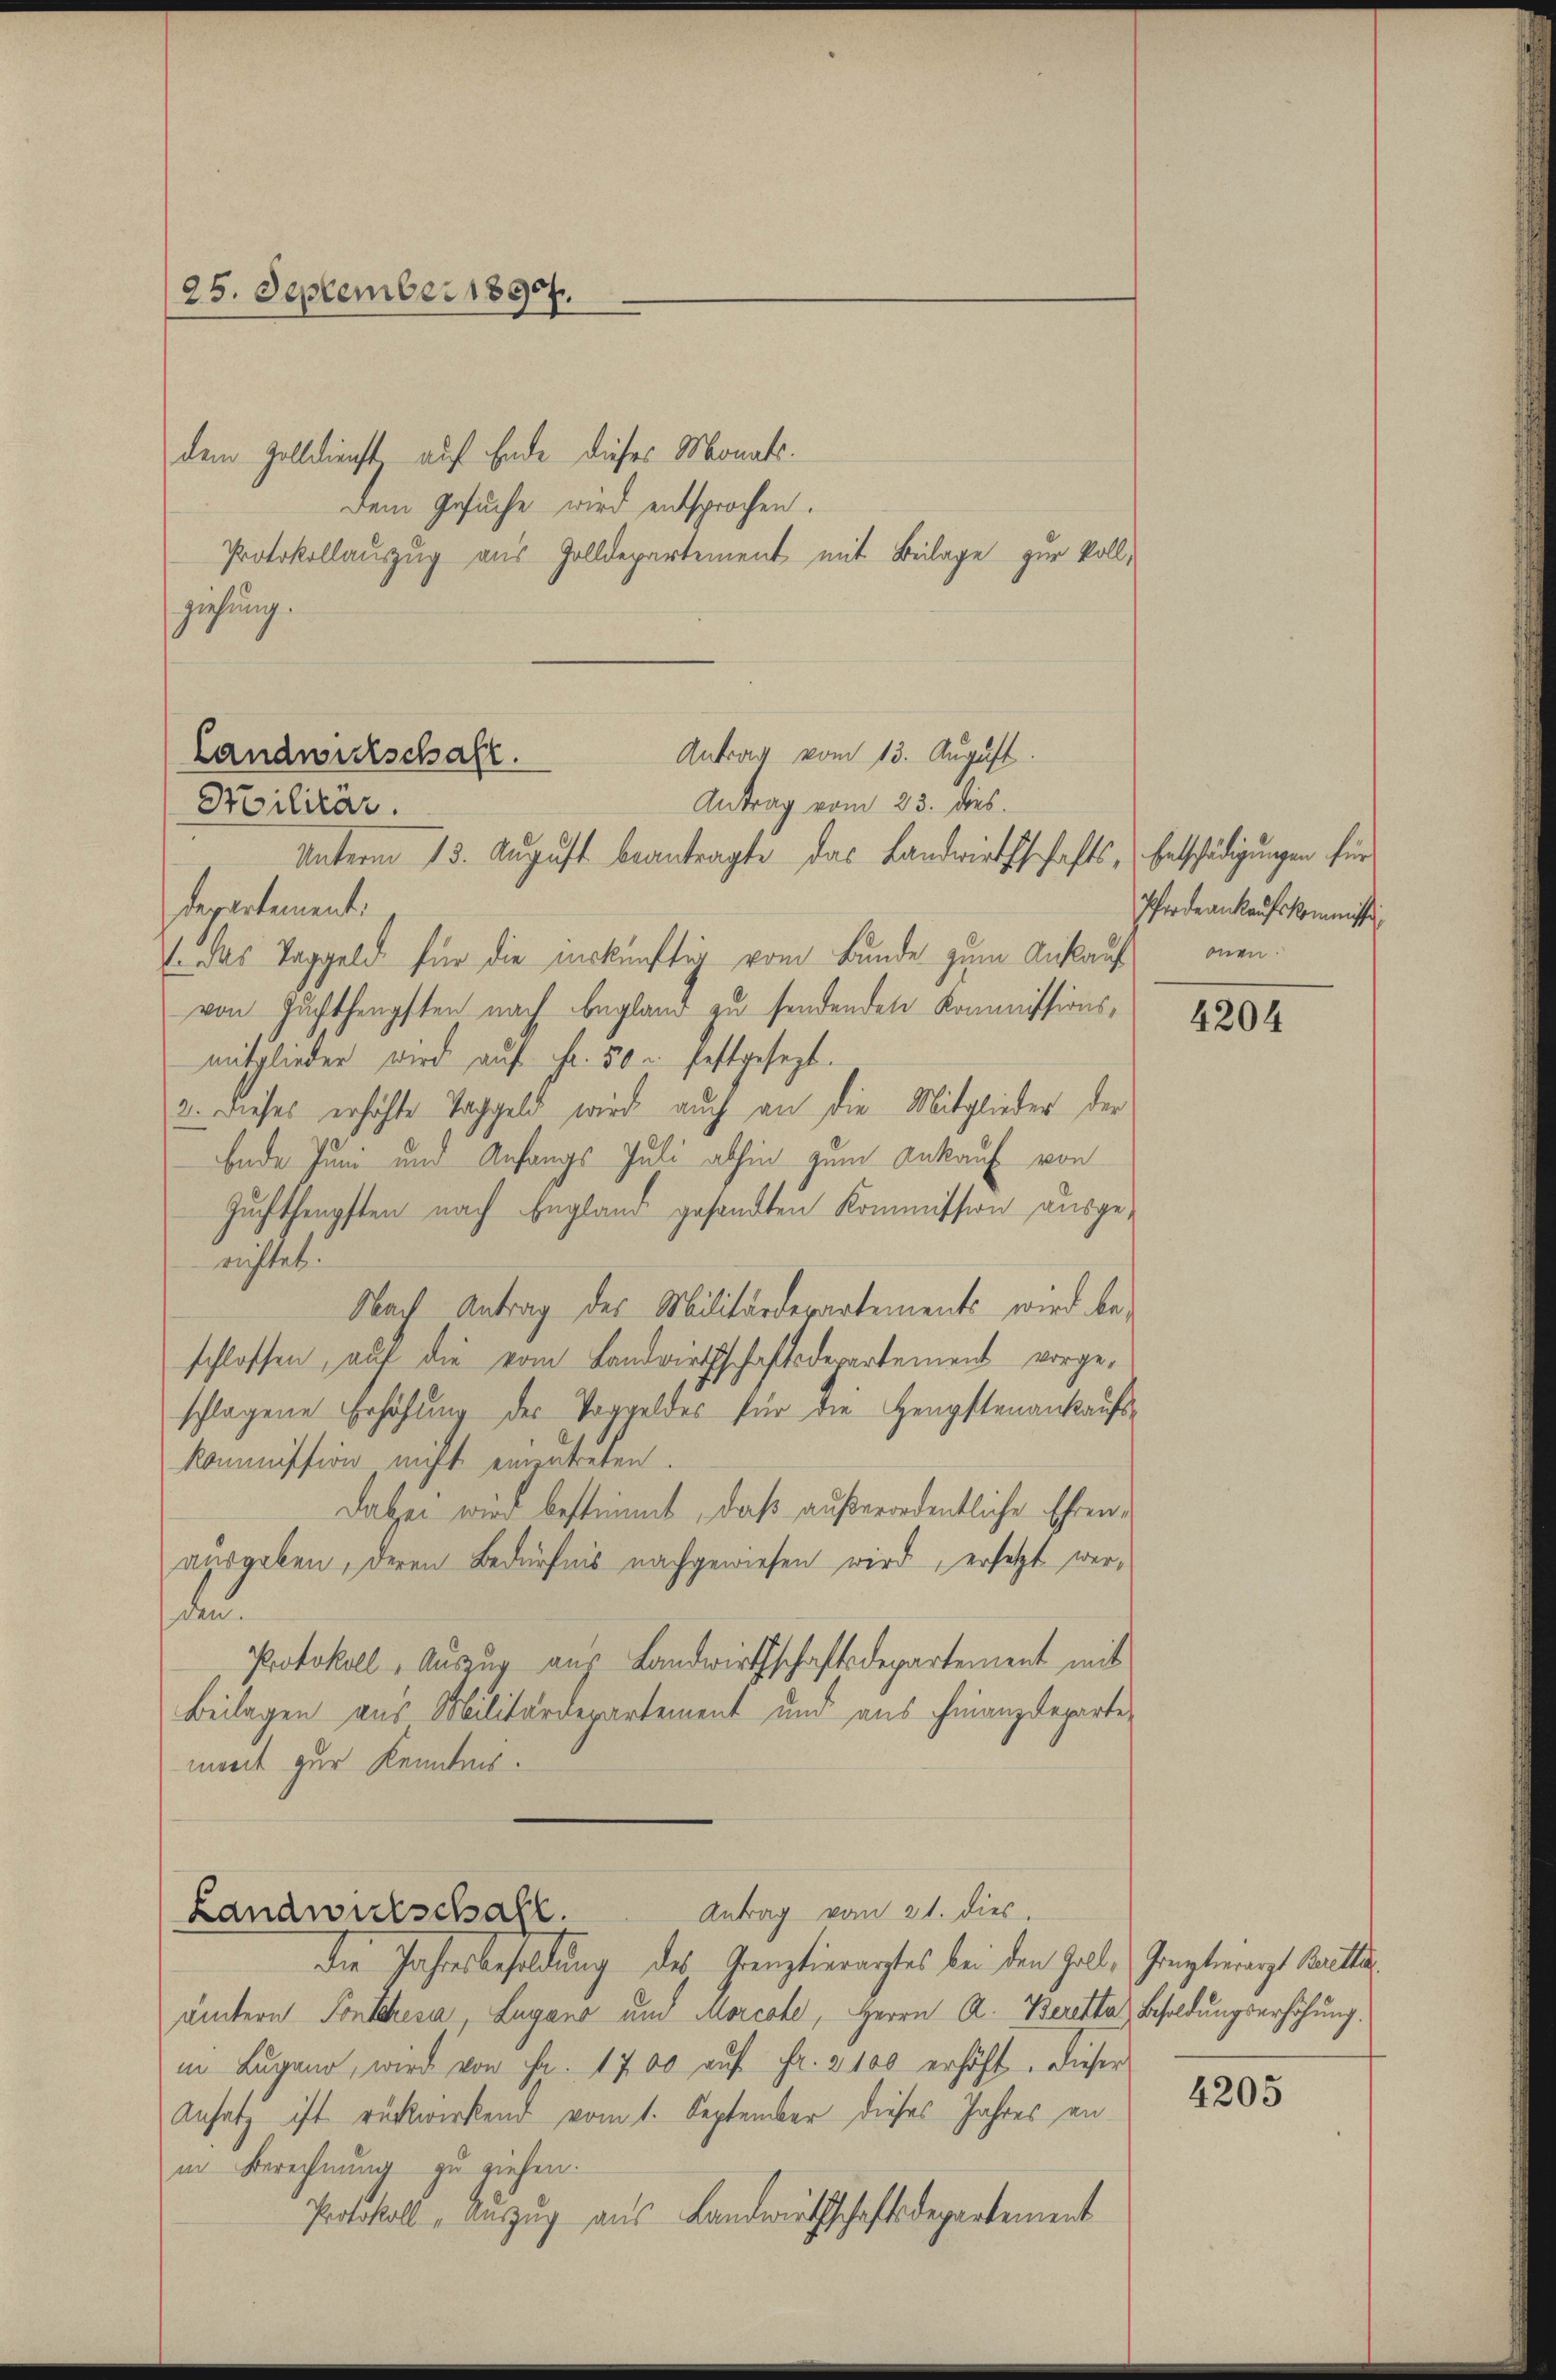
(25. September 1890.
dem Zolldienst auf Ende dieses Monats¬
Dem Gesuche wird entsprochen.

Antrag vom 13. August.
Landwirtschaft.
Antrag vom 23. dies
Stilitär.
Unterm 13. August beantragte das Landwirthschafts-Entschädigungen für

Protokollauszug aus Zolldepartement mit Beilage zur Vollziehung.

departement:
(. das Taggeld für die inskünftig vom Bunde zum Ankauf den
von Zuchthengsten nach Begland zu sendenden Kommissionsmitglieder wird aŭf Fr. 50 u. festgesezt.
2. Dieses erhöhte Taggeld wird auch an die Mitglieder der
bnde Juni und Anfangs Juli abhin zum Ankauf von
Suchtheupften nach England gesandten Kommission ausgeristet.
Nach Antrag des Militärdepartements wird beschlossen, auf die vom Landwirthschaftsdepartement vorgeschlagene Erhöhung des Voggeldes für die Heupftenankaufs-
Kommission nicht einzutreten.
Dabei wird bestimmt, daß außerordentliche Ehrenausgeben, deren Bedürfnis nachgewiesen wird, ersetzt werden
Protokoll- Auszug aus Landwirthschaftsdepartement mit
Beilagen aus Militärdepartement und aus Finanzdeparte
ment zur Kenntnis.

Landwirtschaft. Antrag vom 21. dies

Die Jahresbesoldung des Grenztierarztes bei den Zoll, Graztragt Balle
ämtern Pontchesa, Lugano und Morcote, Herrn A. Beretta) Besoldungserhöhung.
in Lugano, wird von Fr. 1700 aŭf Fr. 2100 erhöht. Dieser
Ansatz ist rückwirkend vom 1. September dieses Jahres an
in Berechnung zu ziehen.
Protokoll - Auszug aus Landwirthschaftsdepartement

Pferde ankaufskommissi

4204

4205